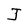
Character: J